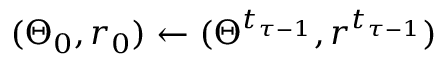
( \Theta _ { 0 } , r _ { 0 } ) \gets ( \Theta ^ { t _ { \tau - 1 } } , r ^ { t _ { \tau - 1 } } )